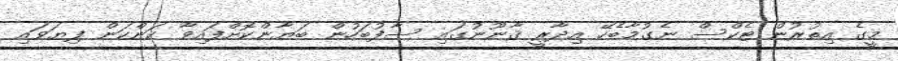
މީގެ އިތުރުން ޓެކްސް ނެގުމާބެހޭ އިދާރީ ޤާނޫނުގައި ސާފުބަހުން ބަޔާންކޮށްފައިވާ ކަންކަން ފިޔަވައި